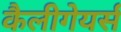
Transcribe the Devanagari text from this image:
कैलीगेयर्स